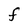
Character: F